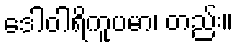
ဒေါဝါရိကူပမာ၊ တည်း။